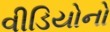
વીડિયોનો